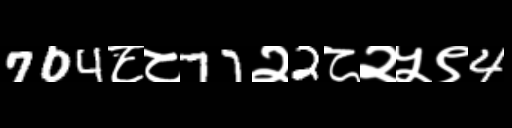
Text: 704८८77२2८२५९4